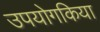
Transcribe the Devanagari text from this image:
उपयोगकिया